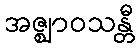
အဇ္ဈာဝသန္တီ